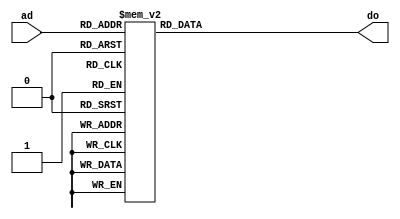
`timescale 1ps/1ps
//
module rom (ad, do);

	input [3:0] ad;
    output[7:0] do;

	reg [7:0] do;
        
	always @ (ad) begin
	    case(ad)
            //        
              4'b0000:  do <= #1 8'h0A; //ADD A, Im(1010)
              4'b0001:  do <= #1 8'h51; //ADD B, Im(0001)
              4'b0010:  do <= #1 8'h30; //MOV A, B
              4'b0011:  do <= #1 8'h70; //MOV B, A
              4'b0100:  do <= #1 8'h15; //MOV A, Im(0101)
              4'b0101:  do <= #1 8'h47; //MOV B, Im(0111)
              4'b0110:  do <= #1 8'hFF; //JMP Im(1111)
              4'b0111:  do <= #1 8'h00; //MOP
              4'b1111:  do <= #1 8'h0B; //ADD A, Im(1011)
              default:  do <= #1 8'h00; //NOP
        endcase
    end
endmodule